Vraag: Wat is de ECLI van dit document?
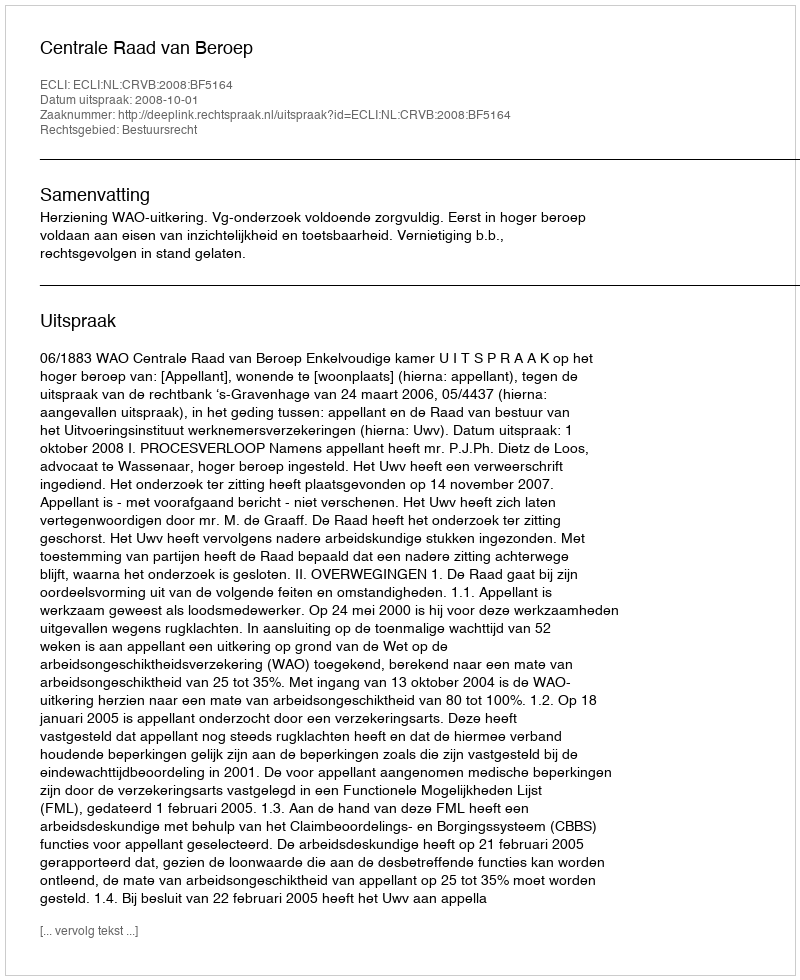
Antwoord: ECLI:NL:CRVB:2008:BF5164